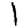
Digit: 1